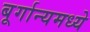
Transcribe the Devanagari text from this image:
बूर्गान्यमध्ये